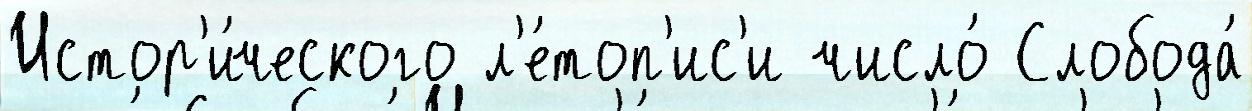
Истор'и́ческого л'е́топ'ис'и число́ Слобода́